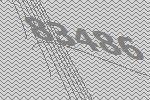
83486